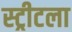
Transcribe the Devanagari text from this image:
स्ट्रीटला